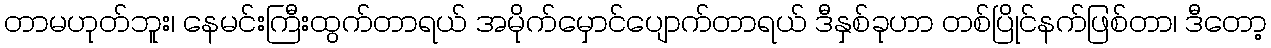
တာမဟုတ်ဘူး၊ နေမင်းကြီးထွက်တာရယ် အမိုက်မှောင်ပျောက်တာရယ် ဒီနှစ်ခုဟာ တစ်ပြိုင်နက်ဖြစ်တာ၊ ဒီတော့